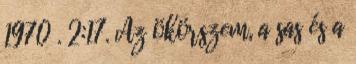
1970 . 2:17. Az ökörszem, a sas és a